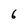
Character: 6